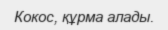
Кокос, құрма алады.